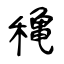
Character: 穐